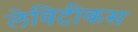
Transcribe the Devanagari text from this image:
लेविटीकस